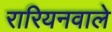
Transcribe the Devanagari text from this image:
रारियनवाले